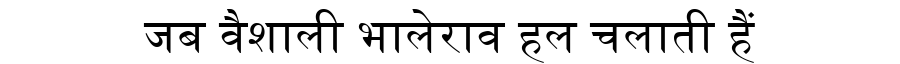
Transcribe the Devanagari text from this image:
जब वैशाली भालेराव हल चलाती हैं